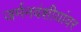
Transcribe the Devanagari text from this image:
जर्मनवंशीयांवर